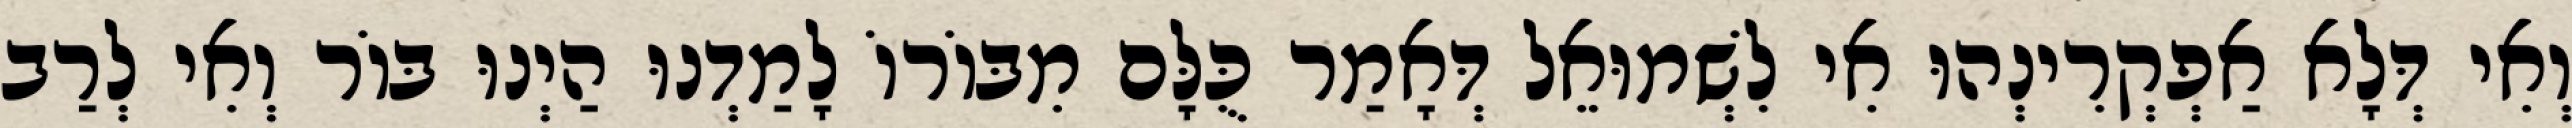
וְאִי דְּלָא אַפְקְרִינְהוּ אִי לִשְׁמוּאֵל דְּאָמַר כֻּלָּם מִבּוֹרוֹ לָמַדְנוּ הַיְנוּ בּוֹר וְאִי לְרַב